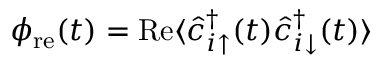
\phi _ { \mathrm { r e } } ( t ) = \mathrm { R e } \langle \hat { c } _ { i \uparrow } ^ { \dagger } ( t ) \hat { c } _ { i \downarrow } ^ { \dagger } ( t ) \rangle